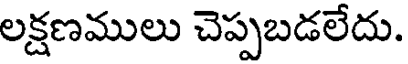
లక్షణములు చెప్పబడలేదు.